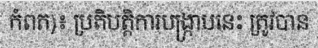
កំពត)៖ ប្រតិបត្តិការបង្ក្រាបនេះ ត្រូវបាន